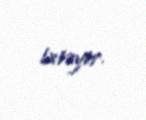
istəyir.